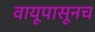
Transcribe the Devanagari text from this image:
वायूपासूनच